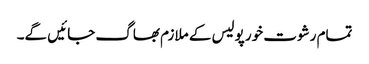
تمام رشوت خور پولیس کے ملازم بھاگ جائیں گے۔